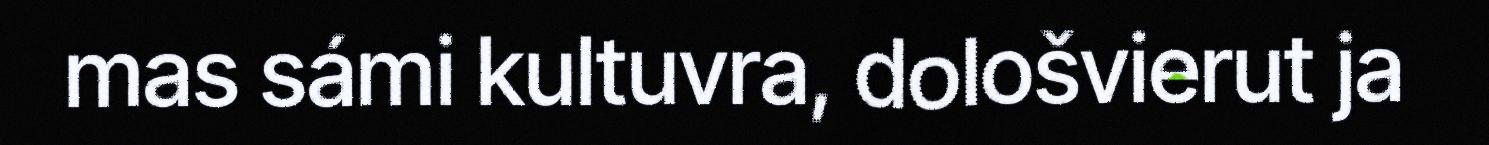
mas sámi kultuvra, dološvierut ja